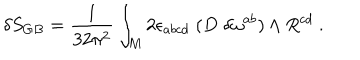
\delta S _ { G B } = { \frac { 1 } { 3 2 \pi ^ { 2 } } } \int _ { M } 2 \epsilon _ { a b c d } \; ( D \; \delta \omega ^ { a b } ) \wedge R ^ { c d } \ .